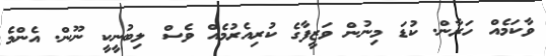
ވާކަމެއް ހަރާން. ކުޑަ މިނުން ވަޒީފާގެ ކުރިއެރުމެއް ވެސް ލިބުނީކީ ނޫން. އެންމެ